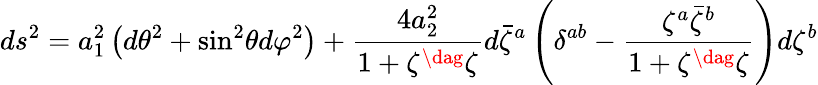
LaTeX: ds^{2}=a_{1}^{2}\left(d\theta^{2}+\mathrm{sin}^{2}\theta d\varphi^{2}\right)+\frac{4a_{2}^{2}}{1+\zeta^{\dag}\zeta}d{\bar{\zeta}}^{a}\left(\delta^{ab}-\frac{\zeta^{a}{\bar{\zeta}}^{b}}{1+\zeta^{\dag}\zeta}\right)d\zeta^{b}